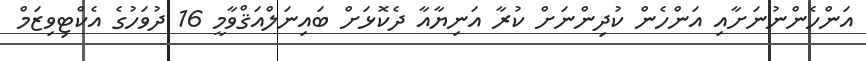
އަންހެންނުނަށާއި އަންހެން ކުދިންނަށް ކުރާ އަނިޔާއާ ދެކޮޅަށް ބައިނަލްއަޤްވާމީ 16 ދުވަހުގެ އެކްޓިވިޒަމް